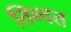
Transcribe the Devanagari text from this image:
तिब्वत